Leaving Certificate, 1897
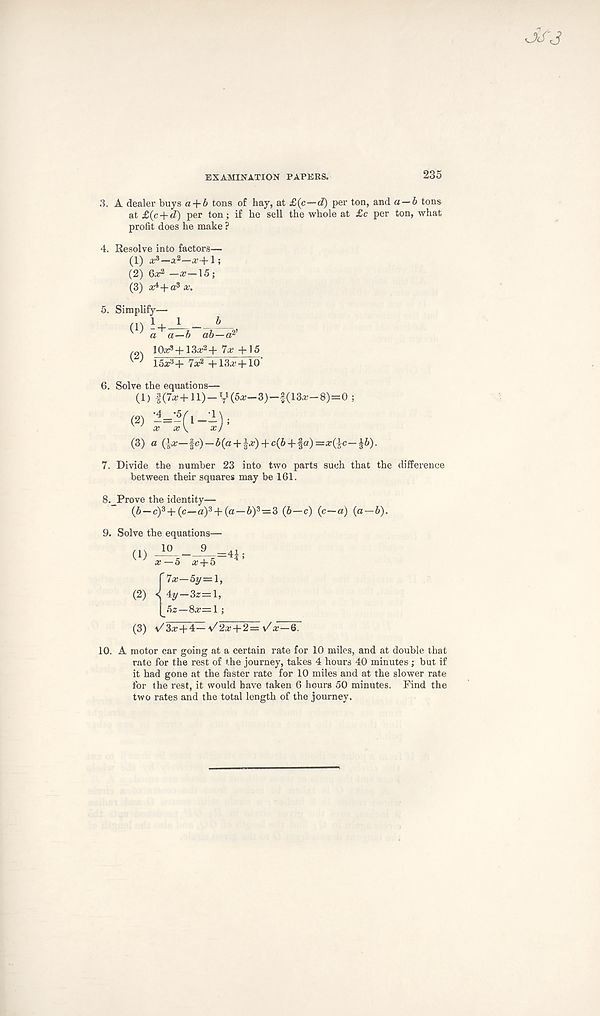
EXAMINATION PAPERS.
235
3. A dealer buys a-\-b tons of hay, at £(c—d) per ton, and a — b tons
at£(c + «f) per ton; if he sell the whole at £c per ton, what
profit does he make ?
4. Resolve into factors—
(1) tf 3 —a*—*+1;
(2) 6a: 2 -a:-15;
(3) a4+a 3 x.
5. Simphfy—
K ) a + a-b ab-d?
10a^ + 13a: 2 + 7a: +15
^ 15* 3 +7* 2 +13a:+10'
6. Solve the equations—
(1) |(7a:+ll)-V(5a:-3)-|(13a:-8)=0 ;
(3) a (la:—|c)-5(a + |a:) + c(6 + |a)=a:(ic-i6).
7. Divide the number 23 into two parts such that the difference
between their squares may be 161.
S.^Prove the identity—
(5—c) 3 + (c—a) 3 + (a —6) 3 =3 (b—c) (c—a) {a — b).
9. Solve the equations—
10
9 _ = 41 ;
(1)
(2)
a:—5 a: + 5
Tx—5y—\,
4y—3z=l,
52 — 8 a: = 1 ;
(3) V3a: + 4— */2a:+2= \/x—6.
10. A motor car going at a certain rate for 10 miles, and at double that
rate for the rest of the journey, takes 4 hours 40 minutes ; but if
it had gone at the faster rate for 10 miles and at the slower rate
for the rest, it would have taken 6 hours 50 minutes. Find the
two rates and the total length of the journey.